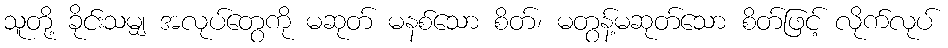
သူတို့ ခိုင်းသမျှ အလုပ်တွေကို မဆုတ် မနစ်သော စိတ်၊ မတွန့်မဆုတ်သော စိတ်ဖြင့် လိုက်လုပ်